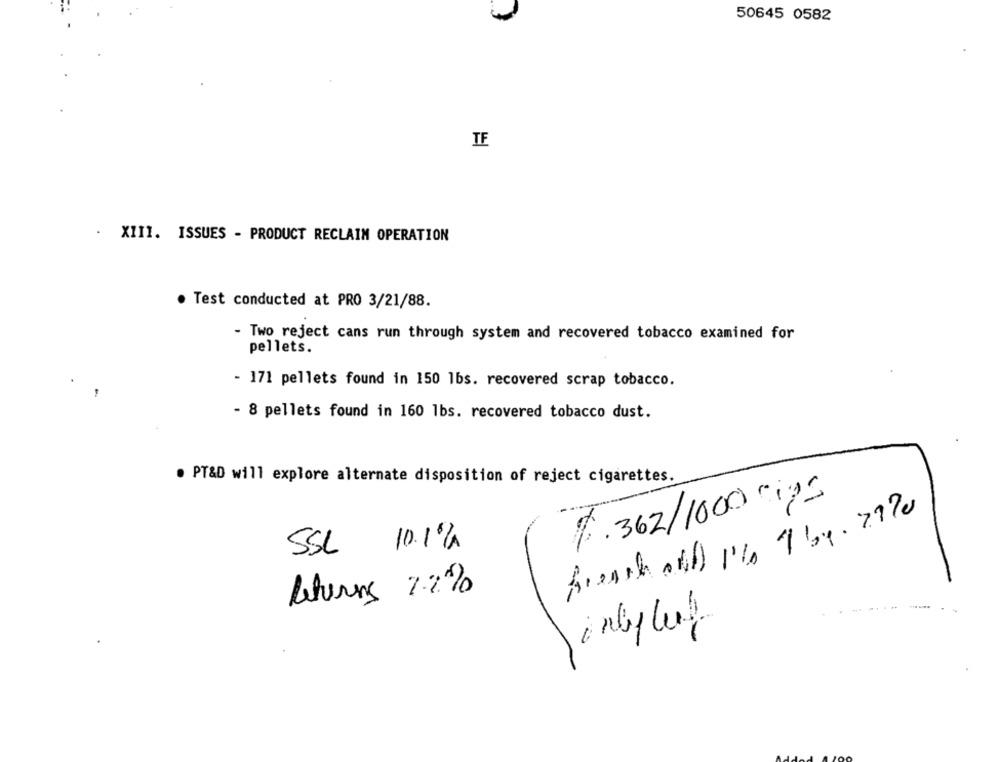
50645 0582
TE
- XIII. ISSUES - PRODUCT RECLAIM OPERATION
· Test conducted at PRO 3/21/88.
- Two reject cans run through system and recovered tobacco examined for
pellets.
- 171 pellets found in 150 1bs. recovered scrap tobacco.
- 8 pellets found in 160 lbs. recovered tobacco dust.
PT&D will explore alternate disposition of reject cigarettes.
$.362/1000 cips
SSL 10.1%
Returns 7.2%
intyle